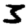
Digit: 3